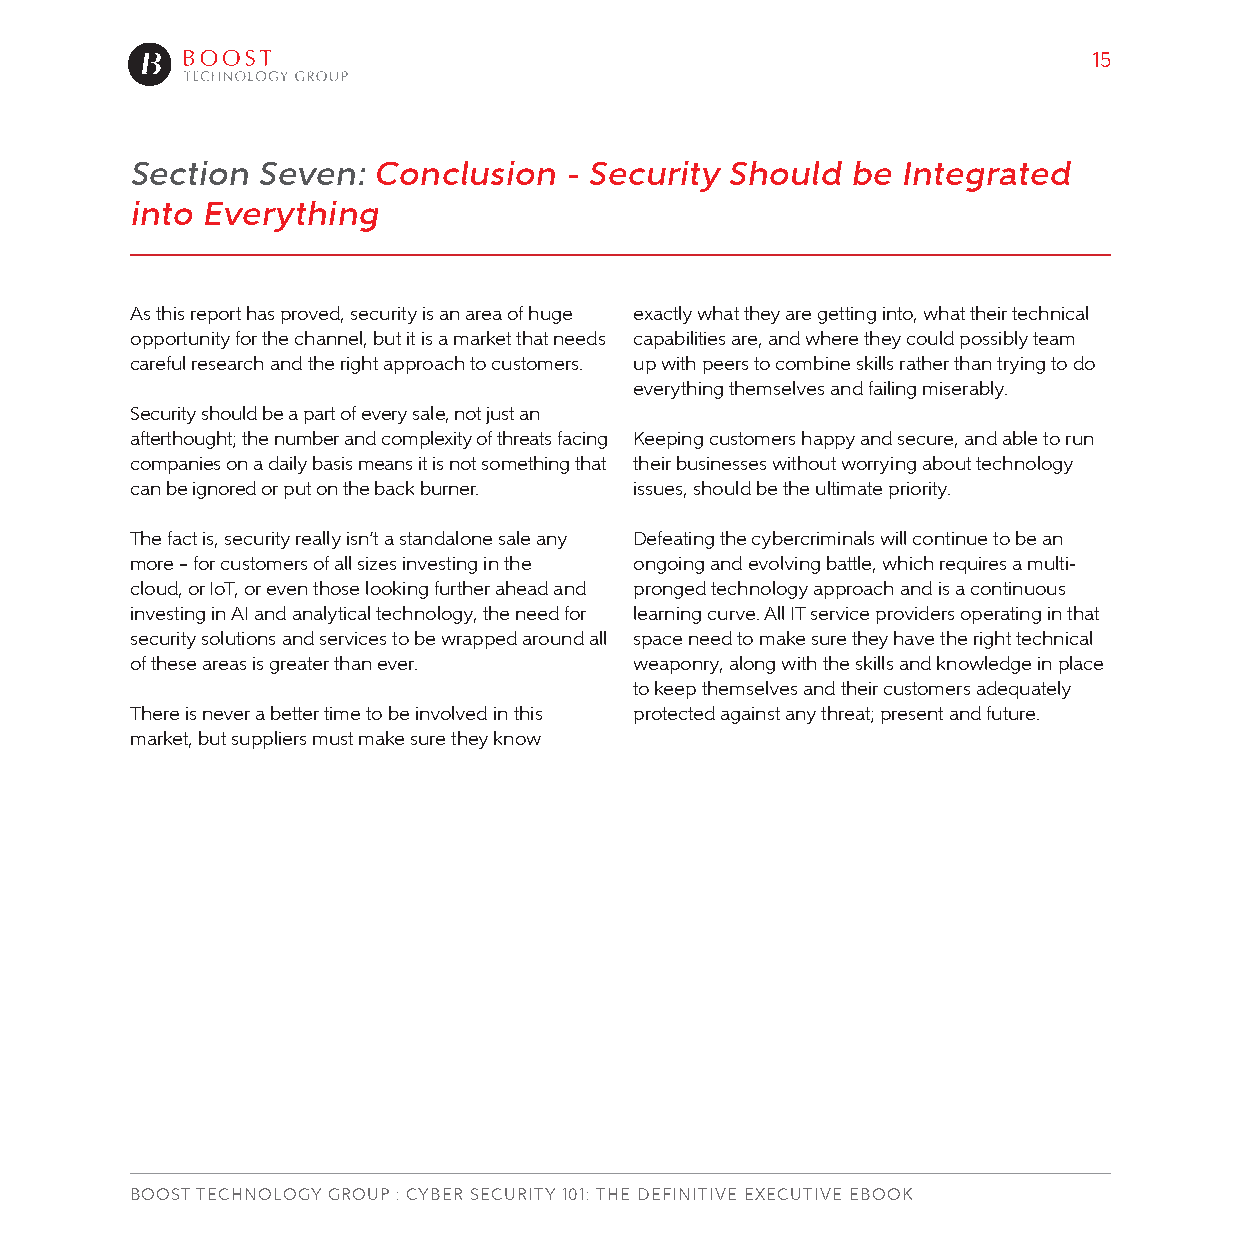
15
 Section Seven:  Conclusion  - Security Should  be  Integrated
 into Everything
 As this report has proved, security is an area of huge exactly what they are getting into, what their technical
 opportunity for the channel, but it is a market that needs capabilities are, and where they could possibly team
 careful research and the right approach to customers. up with peers to combine skills rather than trying to do
 everything themselves and failing miserably.
 Security should be a part of every sale, not just an
 afterthought; the number and complexity of threats facing Keeping customers happy and secure, and able to run
 companies on a daily basis means it is not something that their businesses without worrying about technology
 can be ignored or put on the back burner. issues, should be the ultimate priority.
 The fact is, security really isn’t a standalone sale any Defeating the cybercriminals will continue to be an
 more – for customers of all sizes investing in the ongoing and evolving battle, which requires a multi-
 cloud, or IoT, or even those looking further ahead and pronged technology approach and is a continuous
 investing in AI and analytical technology, the need for learning curve. All IT service providers operating in that
 security solutions and services to be wrapped around all space need to make sure they have the right technical
 of these areas is greater than ever. weaponry, along with the skills and knowledge in place
 to keep themselves and their customers adequately
 There is never a better time to be involved in this protected against any threat; present and future.
 market, but suppliers must make sure they know
 BOOST TECHNOLOGY GROUP : CYBER SECURITY 101: THE DEFINITIVE EXECUTIVE EBOOK